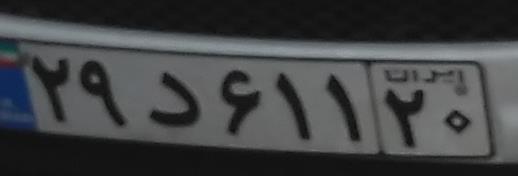
۲۹د۶۱۱۲۰